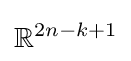
\mathbb {R} ^{2n-k+1}